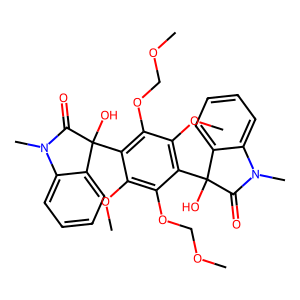
SMILES: COCOc1c(OC)c(C2(O)C(=O)N(C)c3ccccc32)c(OCOC)c(OC)c1C1(O)C(=O)N(C)c2ccccc21
Inhibits HIV replication: No